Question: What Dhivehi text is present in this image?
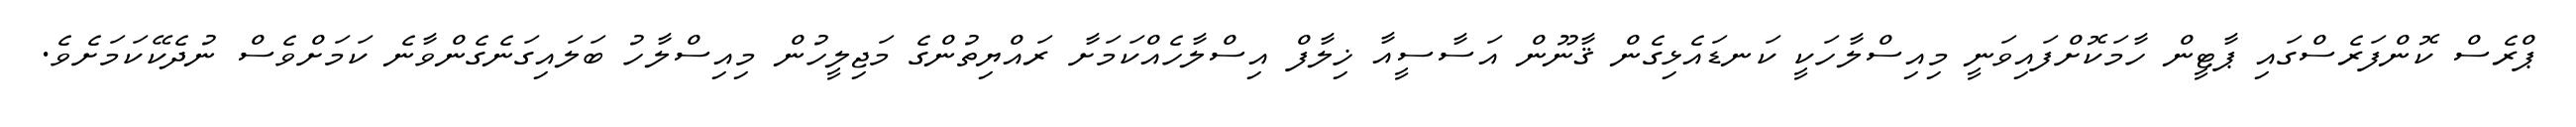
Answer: ޕްރެސް ކޮންފަރެސްގައި ޕާޓީން ހާމަކޮށްފައިވަނީ މިއިސްލާހަކީ ކަނޑައެޅިގެން ޤާނޫން އަސާސީއާ ޚިލާފް އިސްލާހެއްކަމަށާ ރައްޔިތުންގެ މަޖިލީހުން މިއިސްލާހު ބަލައިގަނެގެންވާނެ ކަމަށްވެސް ނުދެކޭކަމަށެވެ.